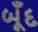
બૂઁદ